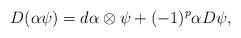
LaTeX: \begin{align*}D (\alpha\psi) = d\alpha \otimes \psi + (-1)^p \alpha D \psi, \end{align*}